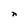
Character: n